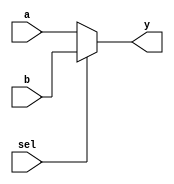
//2-to-1 mux, which takes 2 inputs and a single output based on select line
module mux_2to1(
input a,b,sel,
output y);

    assign y = sel ?b:a;

endmodule